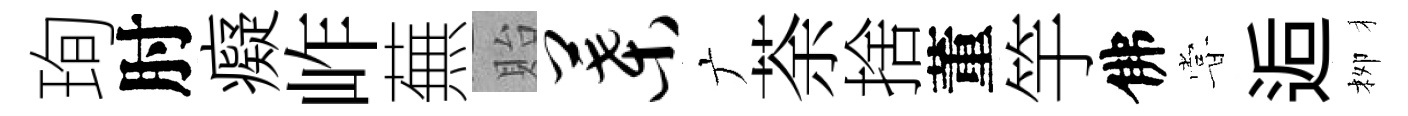
珣肘癡岞蕪貽叶广荼捨董竽佛甞逅栁